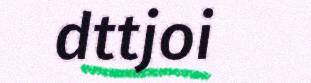
dttjoi